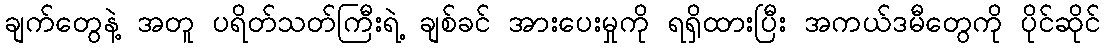
ချက်တွေနဲ့ အတူ ပရိတ်သတ်ကြီးရဲ့ ချစ်ခင် အားပေးမှုကို ရရှိထားပြီး အကယ်ဒမီတွေကို ပိုင်ဆိုင်